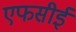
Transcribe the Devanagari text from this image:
एफसीई